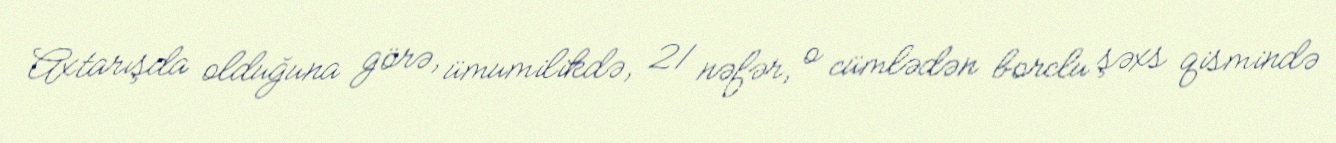
Axtarışda olduğuna görə, ümumilikdə, 21 nəfər, o cümlədən borclu şəxs qismində